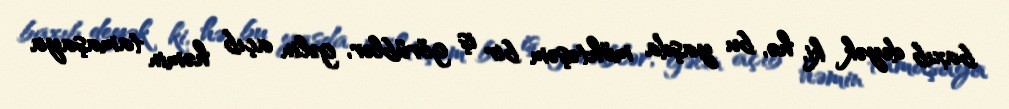
baxıb deyək ki, hə, bu yaşda möhtəşəm bir iş görüblər, gəlin açıb həmin tamaşaya